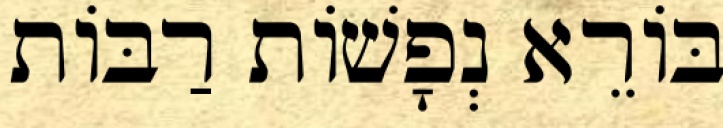
בּוֹרֵא נְפָשׁוֹת רַבּוֹת